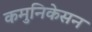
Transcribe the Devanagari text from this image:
कमुनिकेसन